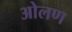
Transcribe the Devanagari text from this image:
ओलण